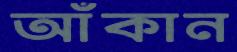
আঁকান